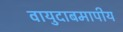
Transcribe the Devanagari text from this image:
वायुदाबमापीय